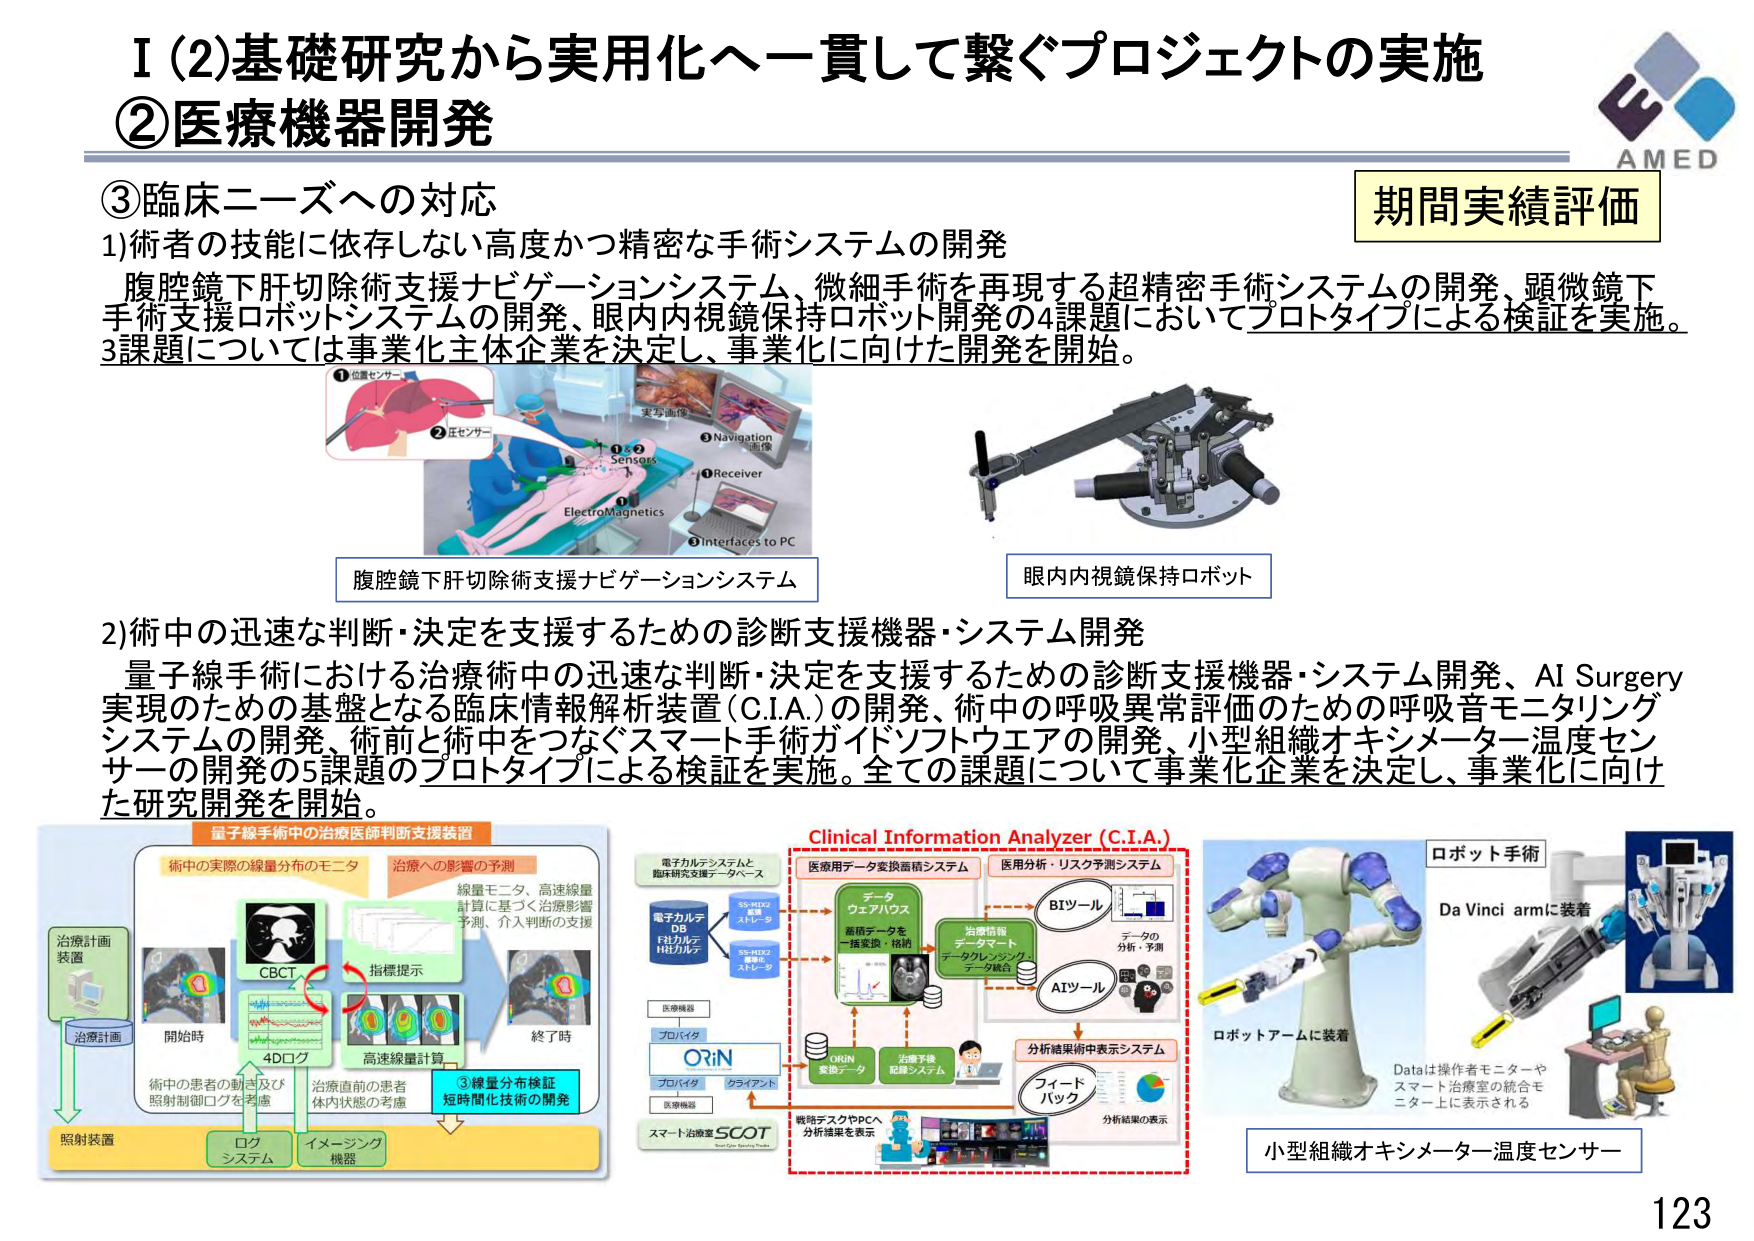
I (2)基礎研究から実用化へ一貫して繋ぐプロジェクトの実施
②医療機器開発

③臨床ニーズへの対応
1)術者の技能に依存しない高度かつ精密な手術システムの開発
腹腔鏡下肝切除術支援ナビゲーションシステム、微細手術を再現する超精密手術システムの開発、顕微鏡下手術支援ロボットシステムの開発、眼内内視鏡保持ロボット開発の4課題においてプロトタイプによる検証を実施。3課題については事業化主体企業を決定し、事業化に向けた開発を開始。

①位置センサー
②圧センサー
③Navigation画像
④Receiver
⑤Interfaces to PC
ElectroMagnetics
実写画像
Sensors
腹腔鏡下肝切除術支援ナビゲーションシステム

眼内内視鏡保持ロボット

2)術中の迅速な判断・決定を支援するための診断支援機器・システム開発
量子線手術における治療術中の迅速な判断・決定を支援するための診断支援機器・システム開発、AI Surgery実現のための基盤となる臨床情報解析装置（C.I.A.）の開発、術中の呼吸異常評価のための呼吸音モニタリングシステムの開発、術前と術中をつなぐスマート手術ガイドソフトウェアの開発、小型組織オキシメーター温度センサーの開発の5課題のプロトタイプによる検証を実施。全ての課題について事業化企業を決定し、事業化に向けた研究開発を開始。

量子線手術中の治療医師判断支援装置
術中の実際の線量分布のモニタ
治療への影響の予測
線量モニタ、高速線量計算に基づく治療影響予測、介入判断の支援
CBCT
4Dログ
高速線量計算
③線量分布検証
短時間化技術の開発
治療計画装置
治療計画
開始時
終了時
術中の患者の動き及び照射制御ログを考慮
治療直前の患者体内状態の考慮
照射装置
ログシステム
イメージング機器
指標提示

Clinical Information Analyzer (C.I.A.)
電子カルテシステムと臨床研究支援データベース
電子カルテ DB
FAXカルテ
HBカルテ
SS-HEX2
医療機器
SS-HEX2
AIデータ
医療用データ変換蓄積システム
データウェアハウス
蓄積データを一括変換・格納
治療情報
データマート
データクレンジング
データ統合
医用分析・リスク予測システム
BIツール
データの分析・予測
AIツール
分析結果術中表示システム
フィードバック
分析結果の表示
ORIN
変換データ
治療予後記録システム
プロバイダ
クライアント
医療機器
スマート治療室 SCOT
Smart Care Operation Theater
微細デスクやPCへ分析結果を表示

ロボット手術
Da Vinci armに装着
ロボットアームに装着
Dataは操作者モニターやスマート治療室の統合モニター上に表示される
小型組織オキシメーター温度センサー

期間実績評価
AMED
123